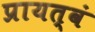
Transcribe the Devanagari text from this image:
प्रायत्वं